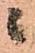
ニ